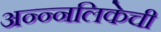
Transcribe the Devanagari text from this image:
अन्न्नलिकेची